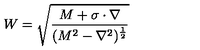
W = \sqrt { \frac { M + \mathrm { \boldmath \sigma } \cdot \mathrm { \boldmath \nabla } } { ( M ^ { 2 } - \nabla ^ { 2 } ) ^ { \frac { 1 } { 2 } } } }